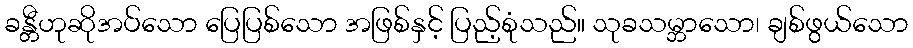
ခန္တီဟုဆိုအပ်သော ပြေပြစ်သော အဖြစ်နှင့် ပြည့်စုံသည်။ သုခသမ္ဘာသော၊ ချစ်ဖွယ်သော